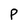
Character: P